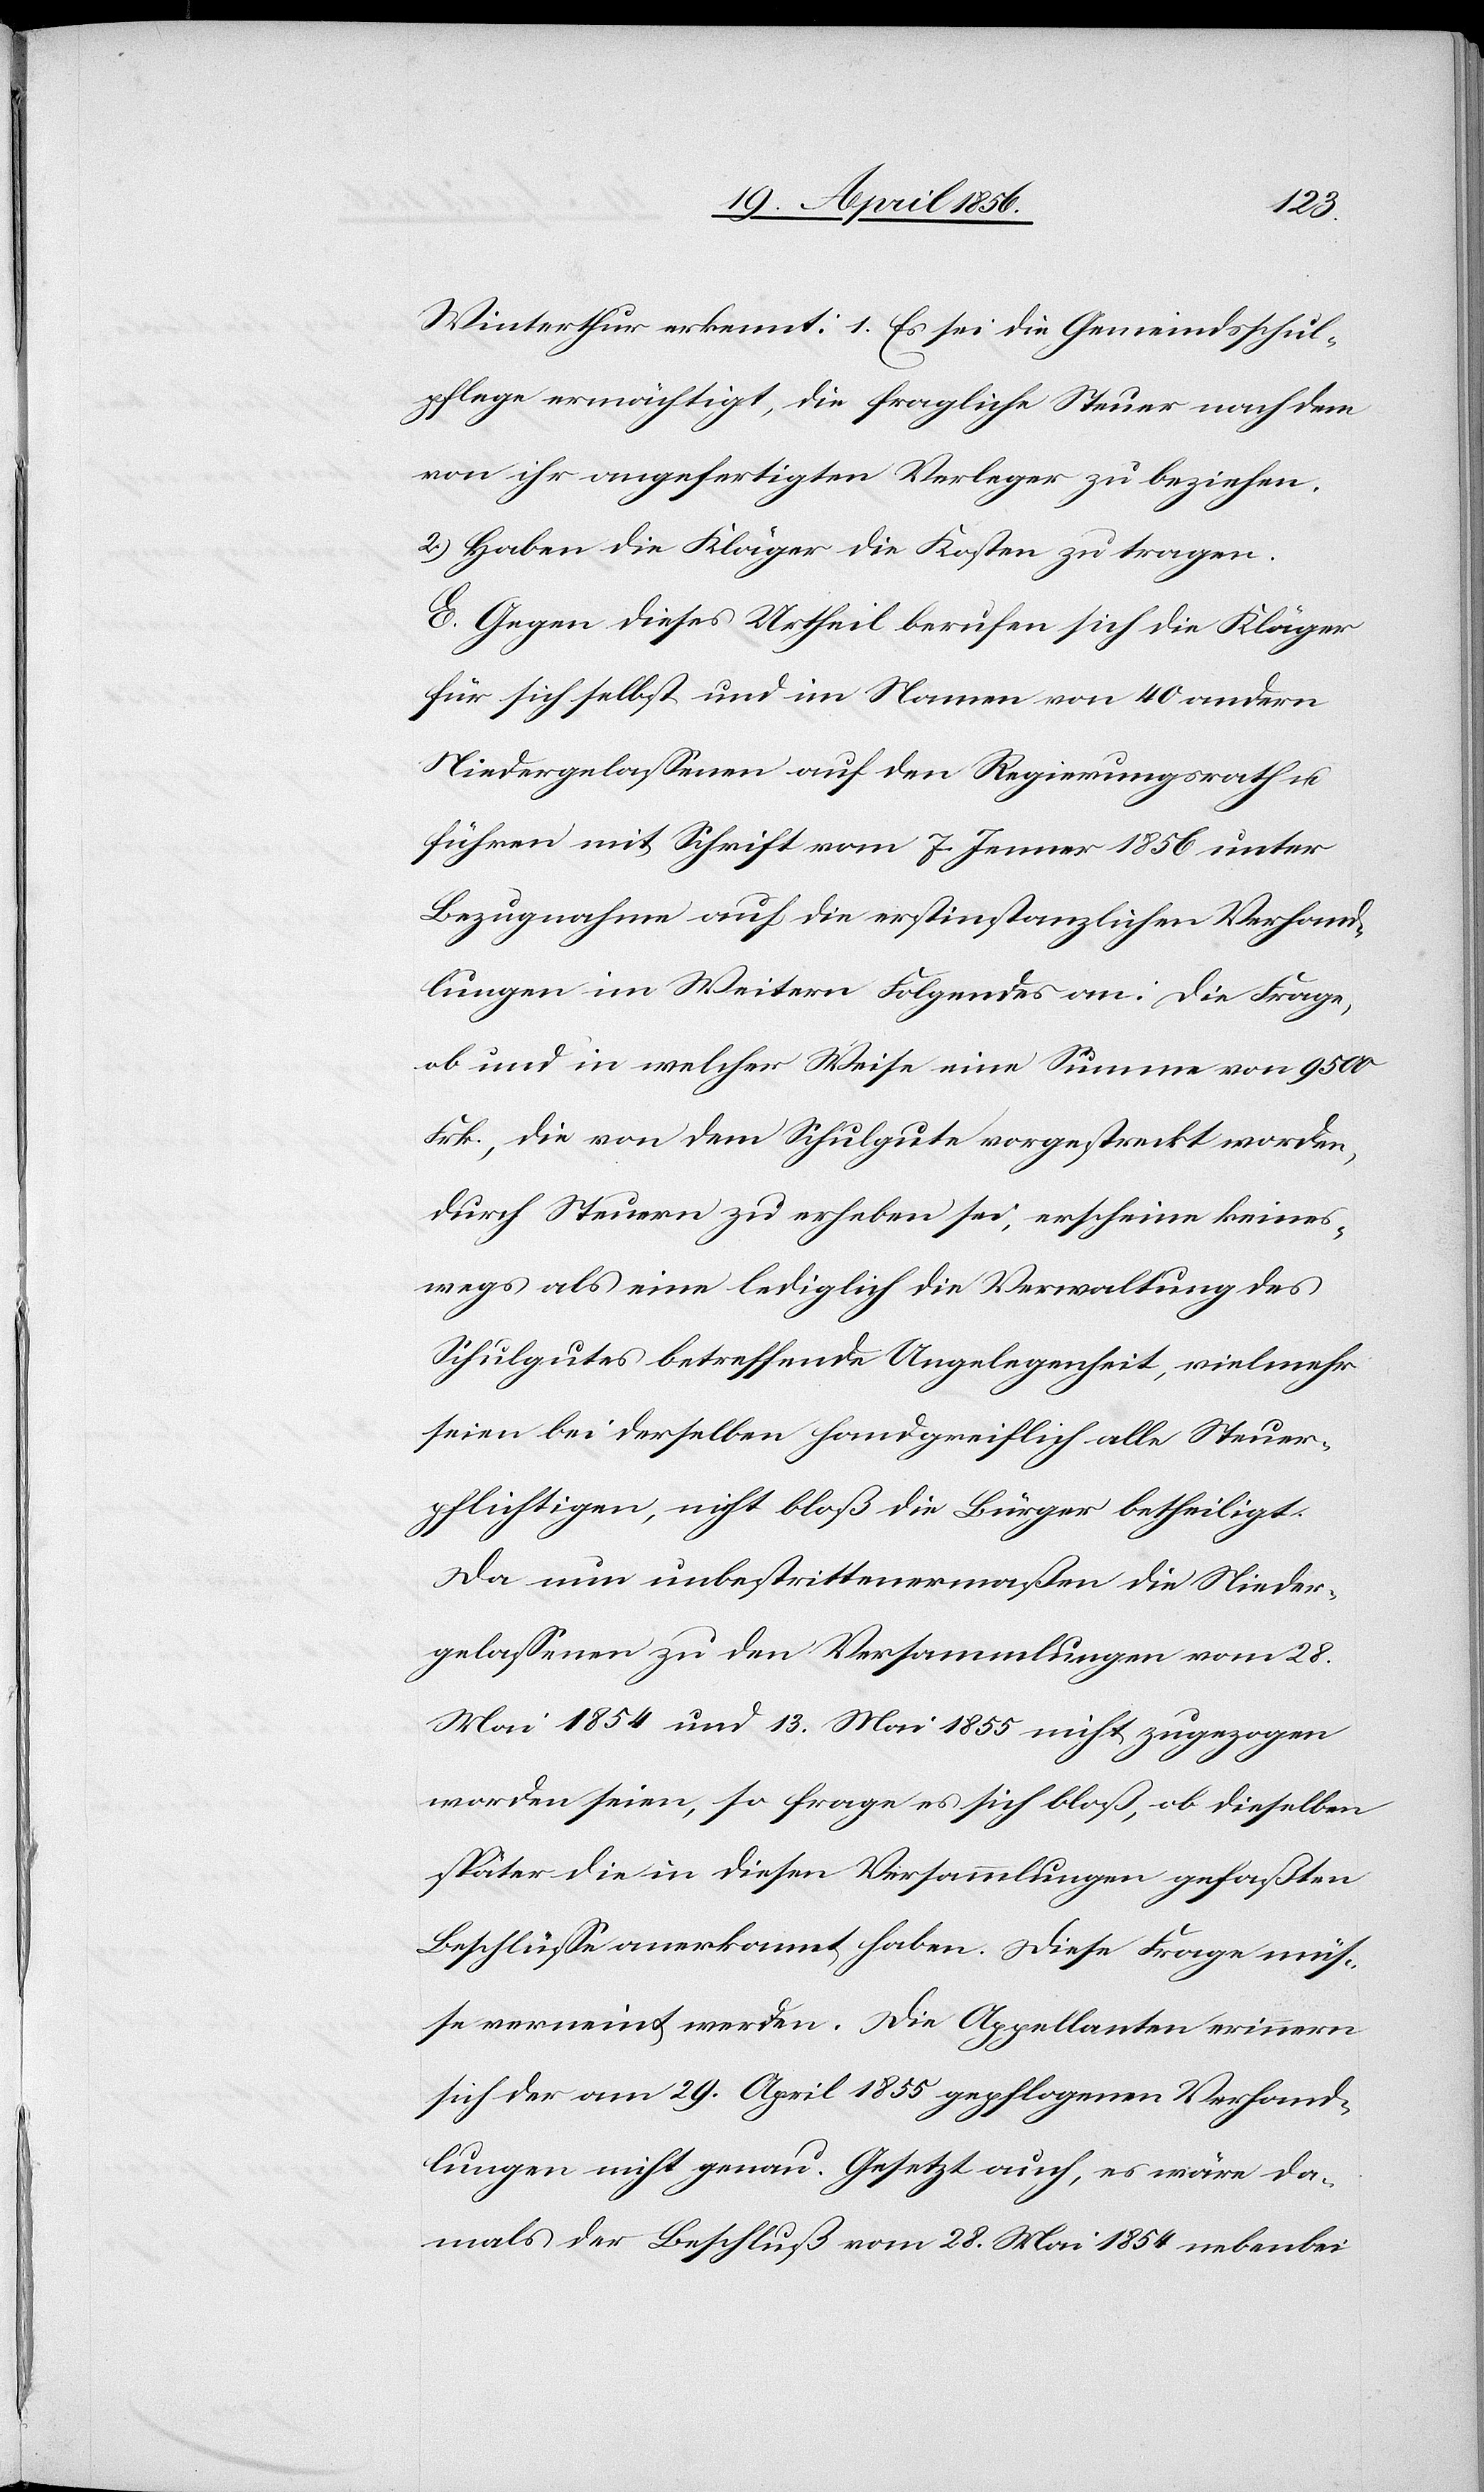
Winterthur erkennt: 1.[)] Es sei die Gemeindsschul¬
pflege ermächtigt, die fragliche Steuer nach dem
von ihr angefertigten Verleger zu beziehen.
2.) Haben die Kläger die Kosten zu tragen.
E. Gegen dieses Urtheil berufen sich die Kläger
für sich selbst und im Namen von 40 andern
Niedergelassenen auf den Regierungsrath u.
führen mit Schrift vom 7. Jenner 1856 unter
Bezugnahme auf die erstinstanzlichen Verhand¬
lungen im Weitern Folgendes an: Die Frage,
ob und in welcher Weise eine Summe von 9500
Frk., die von dem Schulgute vorgestreckt worden,
durch Steuern zu erheben sei, erscheine keines¬
wegs als eine lediglich die Verwaltung des
Schulgutes betreffende Angelegenheit, vielmehr
seien bei derselben handgreiflich alle Steuer¬
pflichtigen, nicht bloß die Bürger betheiligt.
Da nun unbestrittenermaßen die Nieder¬
gelassenen zu den Versammlungen vom 28.
Mai 1854 und 13. Mai 1855 nicht zugezogen
worden seien, so frage es sich bloß, ob dieselben
später die in diesen Versammlungen gefaßten
Beschlüsse anerkannt haben. Diese Frage müs¬
se verneint werden. Die Appellanten erinnern
sich der am 29. April 1855 gepflogenen Verhand¬
lungen nicht genau. Gesetzt auch, es wäre da¬
mals der Beschluß vom 28. Mai 1854 nebenbei